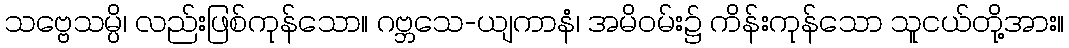
သဗ္ဗေသမ္ပိ၊ လည်းဖြစ်ကုန်သော။ ဂဗ္ဘသေ-ယျကာနံ၊ အမိဝမ်း၌ ကိန်းကုန်သော သူငယ်တို့အား။